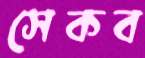
সেকব